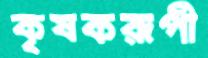
কৃষকরূপী